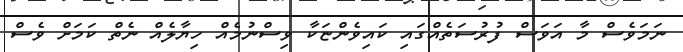
ނަމަވެސް މާ އަވަސް ފުރުސަތެއްގައި ކައިވެންޏަކާ ވިސްނުމެއް ހިޔާލެއް ނެތް ކަމަށް ވެސް